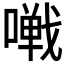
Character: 𱔩